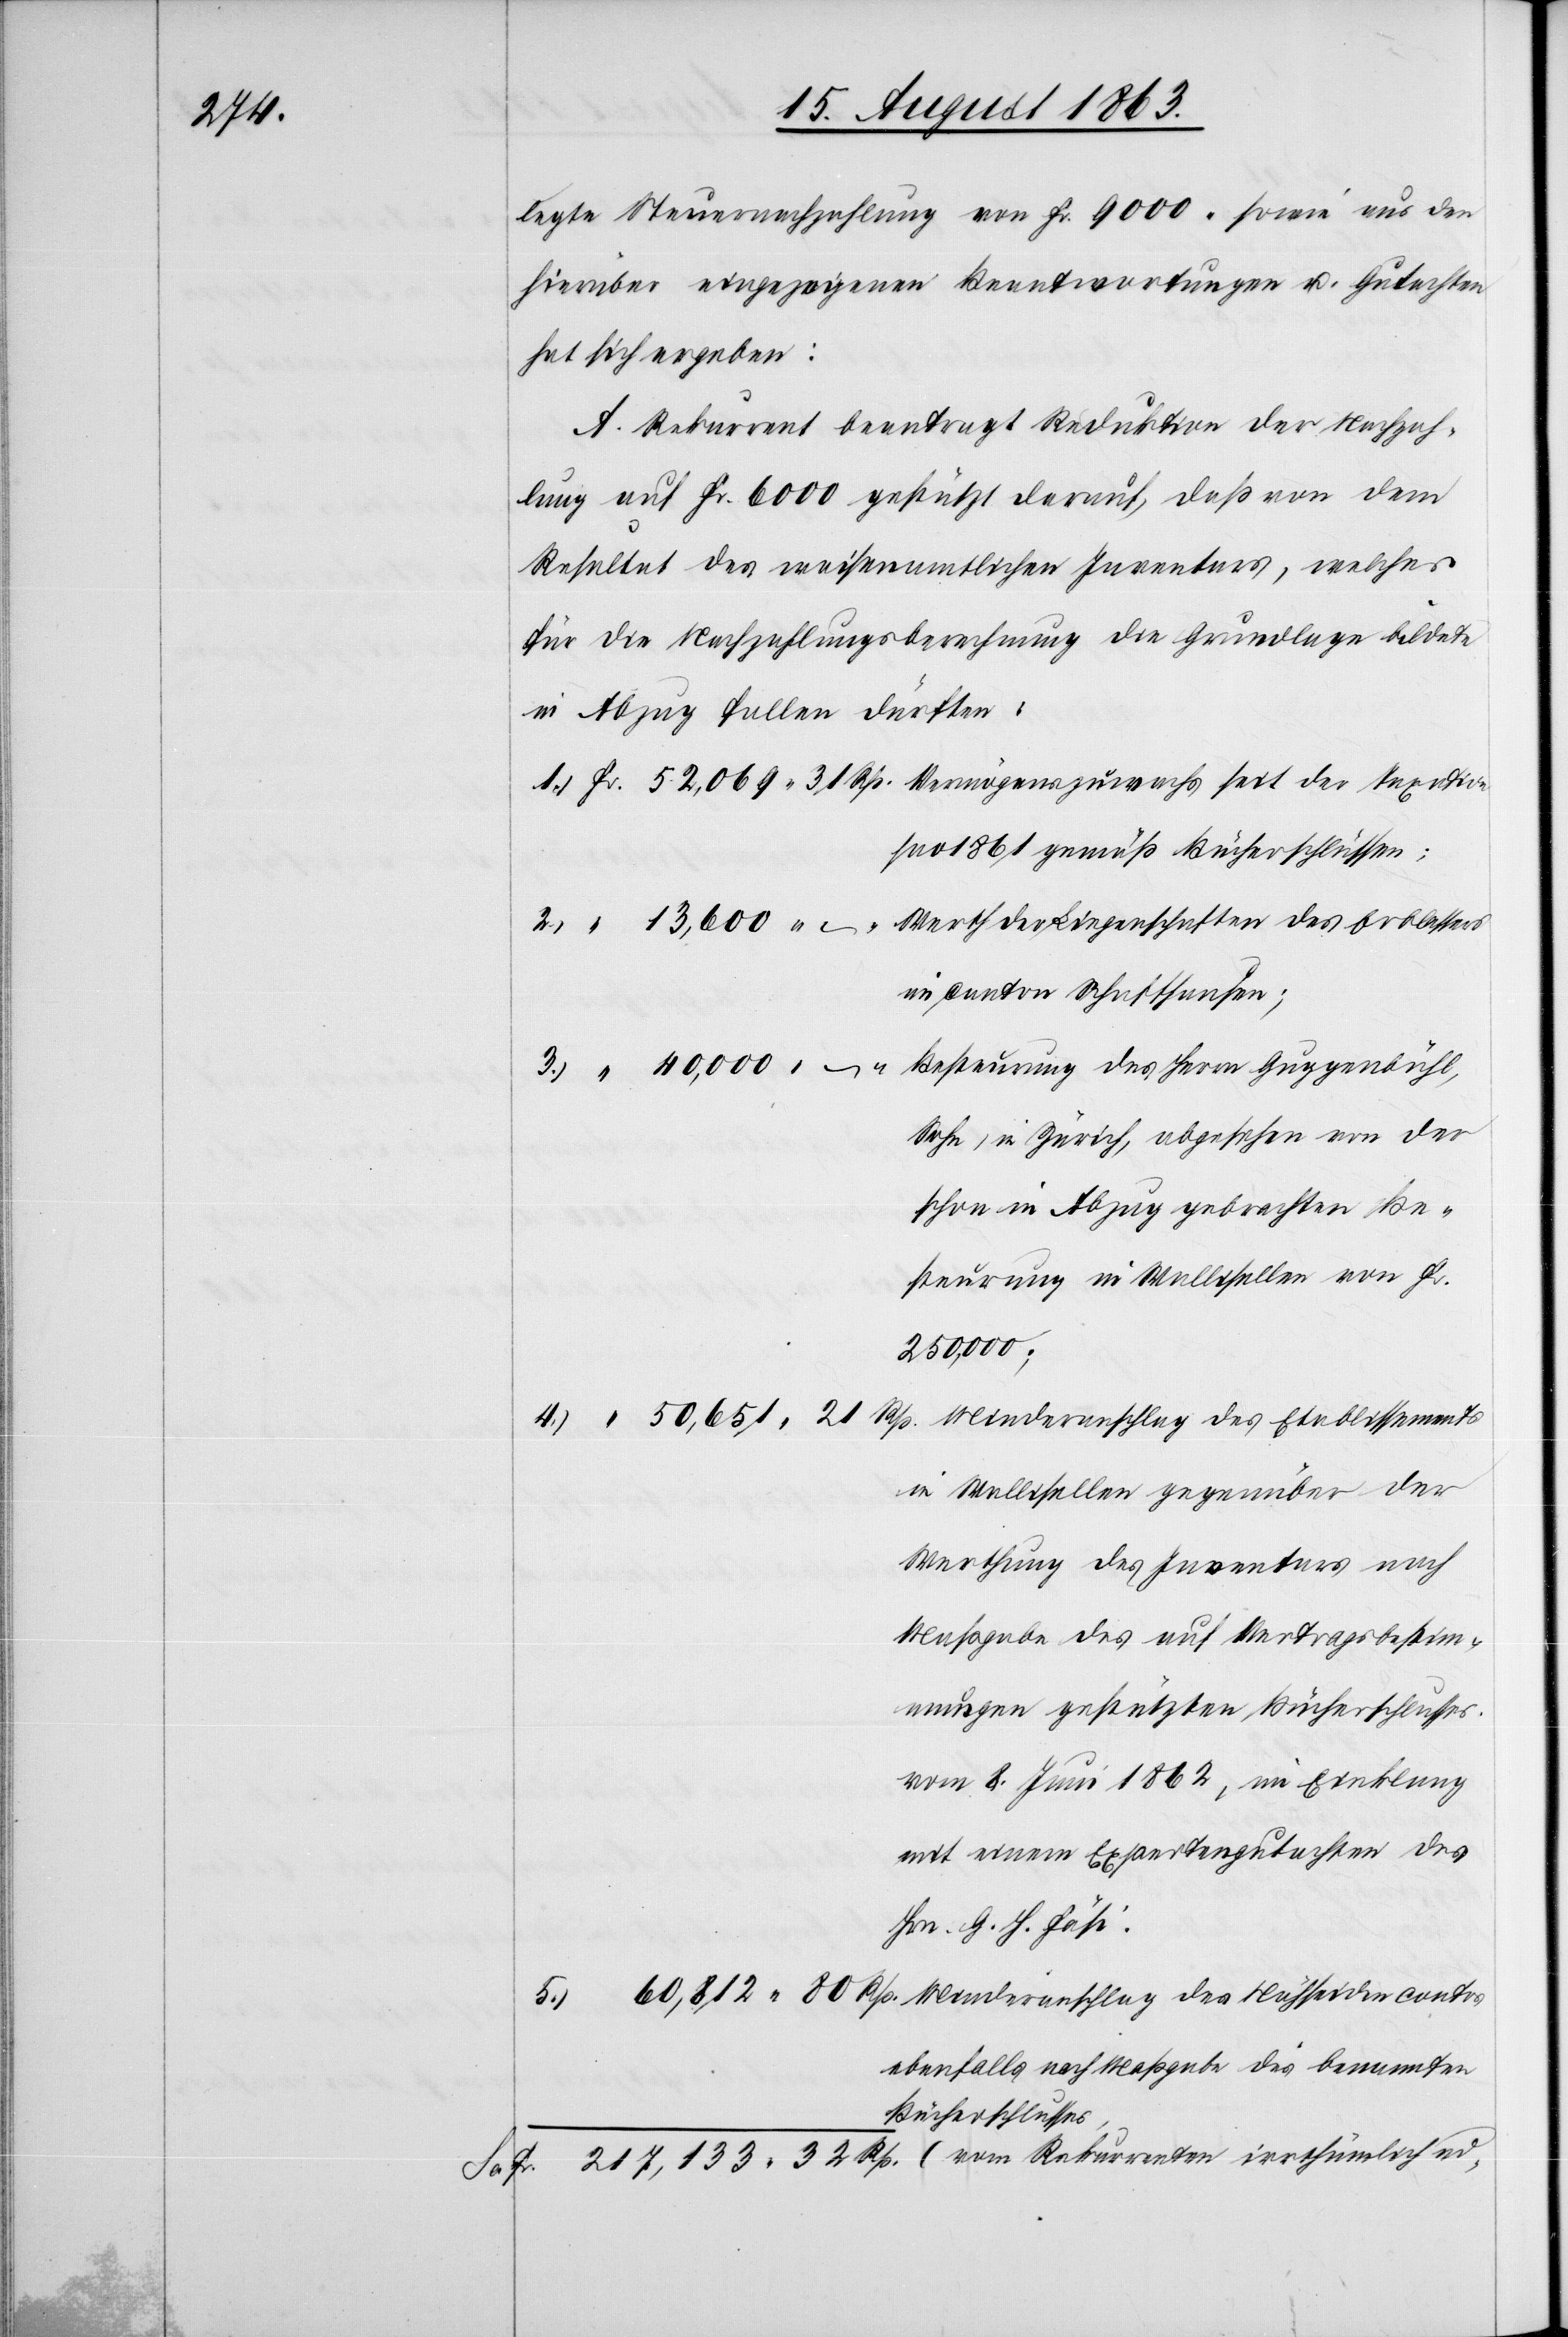
217,133.

legte Steuernachzahlung von Fr. 9000. sowie aus den
hierüber eingezogenen Beantwortungen u. Gutachten
hat sich ergeben:
A. Rekurrent beantragt Reduktion der Nachzah¬
lung auf Fr. 6000 gestützt darauf, daß von dem
Resultat des waisenamtlichen Inventars, welches
für die Nachzahlungsberechnung die Grundlage bildete
in Abzug fallen dürften:
pro 1861 gemäß Bücherschlüssen;
Werth der Liegenschaften des Erblassers
im Canton Schaffhausen;
Besteurung des Herrn Guggenbühl,
Sohn, in Zürich, abgesehen von der
schon in Abzug gebrachten Be¬
steurung in Wallisellen von Fr.
250,000;
Minderanschlag des Etablissements
in Wallisellen gegenüber der
Werthung des Inventars nach
Maßgabe des auf Vertragsbestim¬
mungen gestützten Bücherschlusses
vom 8. Juni 1862, im Einklang
mit einem Expertengutachten des
Hrn. G. H. Fäsi.
ebenfalls nach Maßgabe des benannten
Bücherschlusses,